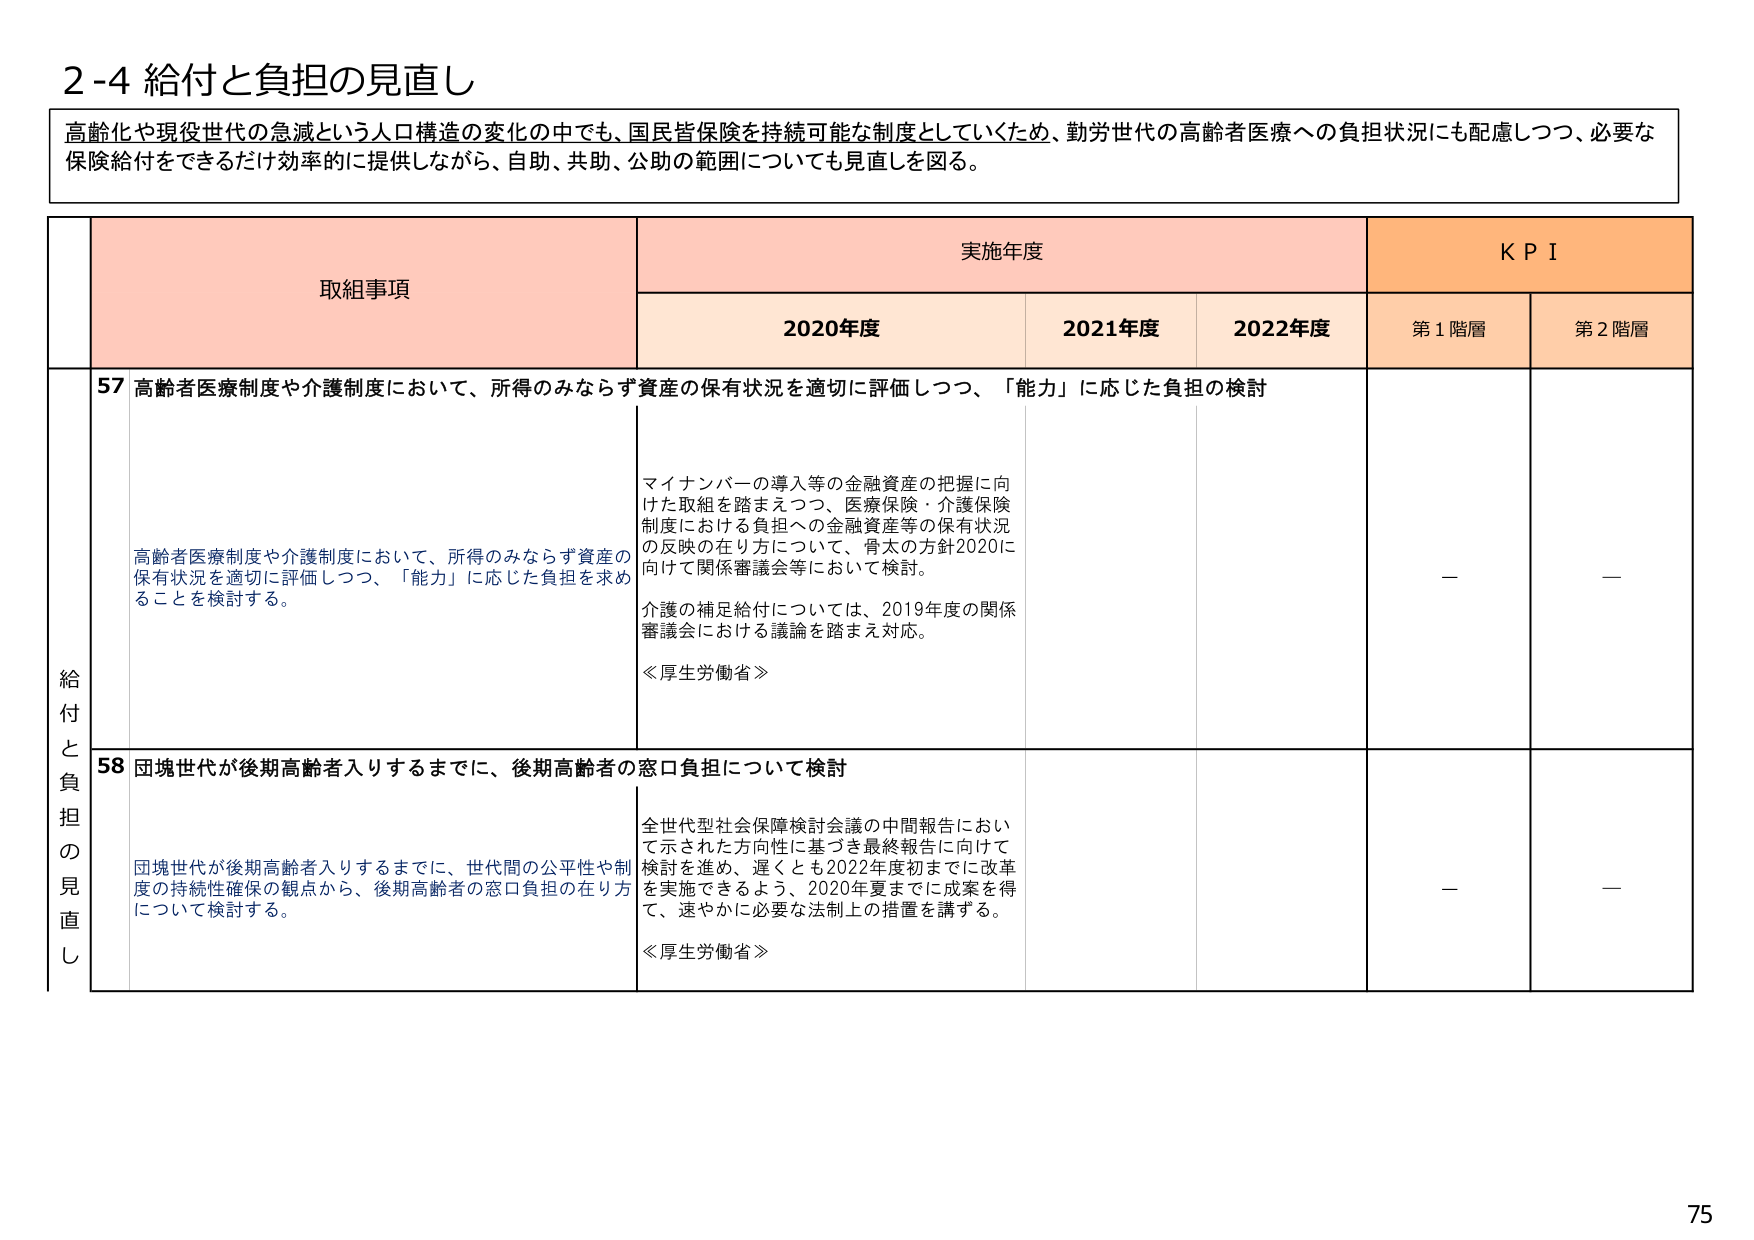
2-4 給付と負担の見直し

高齢化や現役世代の急減という人口構造の変化の中でも、国民皆保険を持続可能な制度としていくため、勤労世代の高齢者医療への負担状況にも配慮しつつ、必要な保険給付をできるだけ効率的に提供しながら、自助、共助、公助の範囲についても見直しを図る。

取組事項 実施年度 KPI
2020年度 2021年度 2022年度 第1階層 第2階層

給付と負担の見直し

57 高齢者医療制度や介護制度において、所得のみならず資産の保有状況を適切に評価しつつ、「能力」に応じた負担の検討

高齢者医療制度や介護制度において、所得のみならず資産の保有状況を適切に評価しつつ、「能力」に応じた負担を求めることを検討する。

マイナンバーの導入等の金融資産の把握に向けた取組を踏まえつつ、医療保険・介護保険制度における負担への金融資産等の保有状況の反映の在り方について、骨太の方針2020に向けて関係審議会等において検討。
介護の補足給付については、2019年度の関係審議会における議論を踏まえ対応。
≪厚生労働省≫

—

—

58 団塊世代が後期高齢者入りするまでに、後期高齢者の窓口負担について検討

団塊世代が後期高齢者入りするまでに、世代間の公平性や制度の持続性確保の観点から、後期高齢者の窓口負担の在り方について検討する。

全世代社会保障検討会議の中間報告において示された方向性に基づき最終報告に向けて検討を進め、遅くとも2022年度初めまでに改革を実施できるよう、2020年夏までに成案を得て、速やかに必要な法制上の措置を講ずる。
≪厚生労働省≫

—

—

75